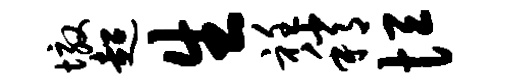
墩超生衽稍恒